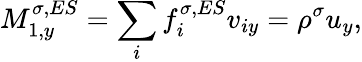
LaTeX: M_{1,y}^{\sigma,ES}=\sum_{i}f_{i}^{\sigma,ES}v_{iy}=\rho^{\sigma}u_{y},